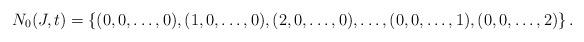
LaTeX: \begin{align*}N_0(J,t)= \left\{(0,0, \ldots,0), (1,0, \ldots,0), (2,0, \ldots,0), \ldots, (0,0, \ldots,1), (0,0, \ldots,2) \right\}.\end{align*}